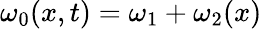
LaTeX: \omega_{0}(x,t)=\omega_{1}+\omega_{2}(x)